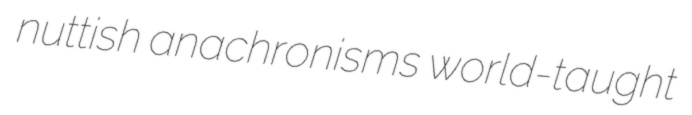
nuttish anachronisms world-taught